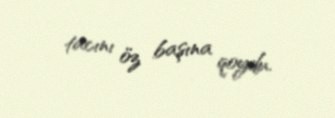
tacını öz başına qoydu.